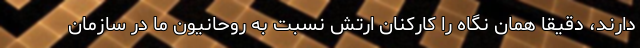
دارند، دقیقاً همان نگاه را کارکنان ارتش نسبت به روحانیون ما در سازمان